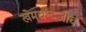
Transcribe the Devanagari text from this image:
खेमचन्दजींचे